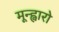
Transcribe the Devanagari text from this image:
मून्ह्वारो